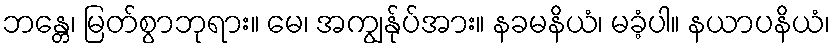
ဘန္တေ၊ မြတ်စွာဘုရား။ မေ၊ အကျွန်ုပ်အား။ နခမနိယံ၊ မခံ့ပါ။ နယာပနိယံ၊